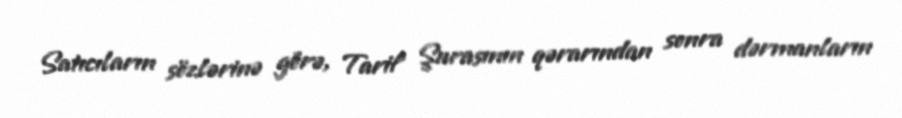
Satıcıların sözlərinə görə, Tarif Şurasının qərarından sonra dərmanların